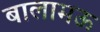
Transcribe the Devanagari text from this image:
बालामऊ